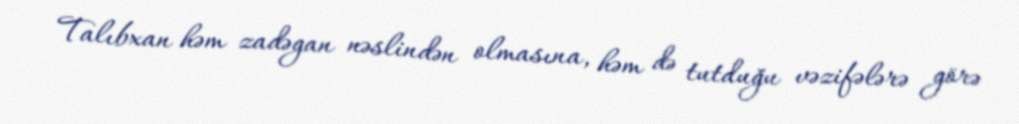
Talıbxan həm zadəgan nəslindən olmasına, həm də tutduğu vəzifələrə görə